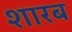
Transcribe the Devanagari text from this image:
शारब